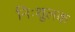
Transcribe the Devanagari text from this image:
निःशुलक